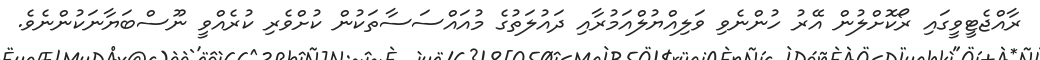
ރާއްޖެޓީވީގައި ރޯކޮށްލުން އޭރު ހުންނެވި ވަލިއްޔުލްއަމުރާއި ދައުލަތުގެ މުއައްސަސާތަކުން ކުށްވެރި ކުރެއްވީ ނޫސްބަޔާނަކުންނެވެ.